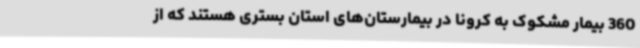
360 بیمار مشکوک به کرونا در بیمارستان‌های استان بستری هستند که از